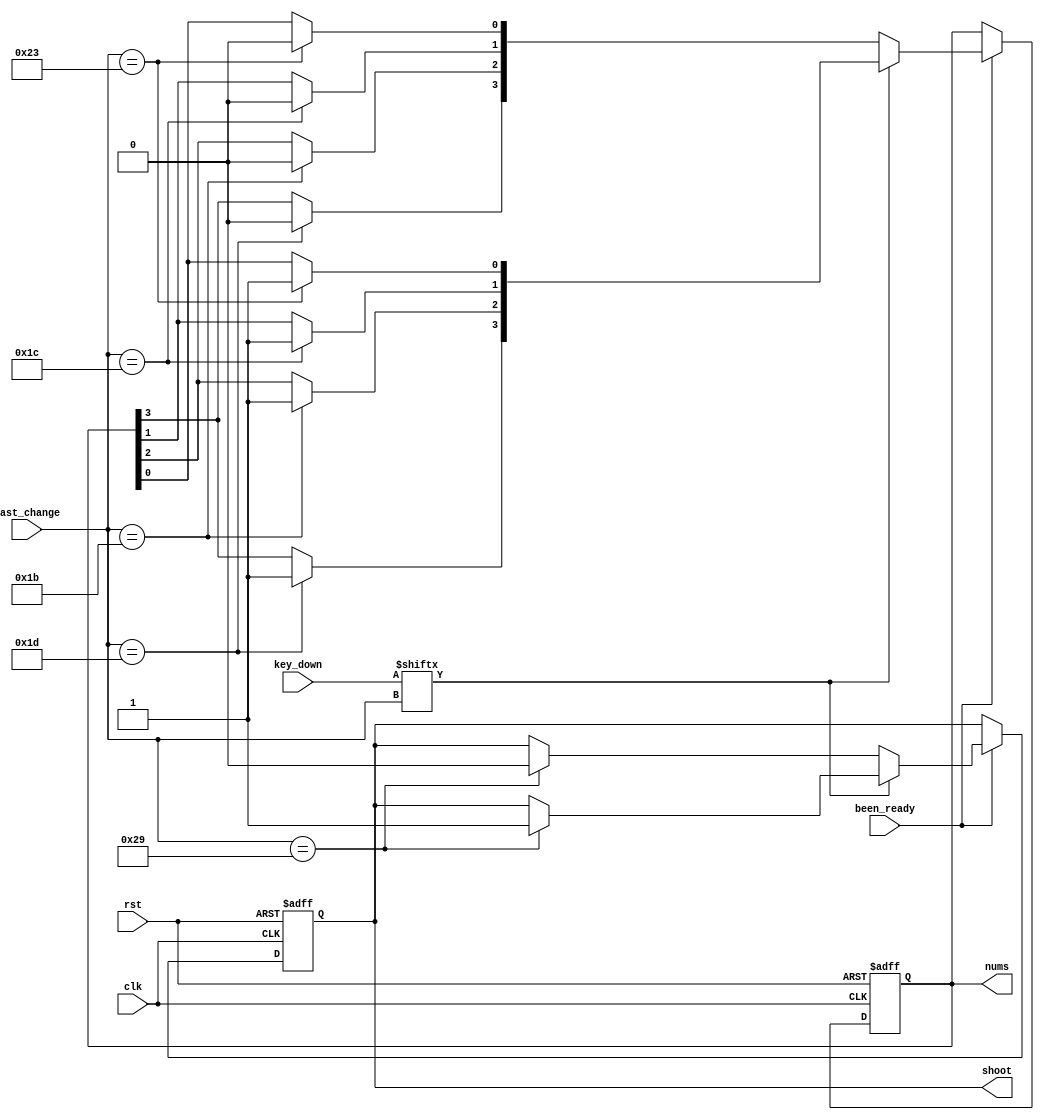
module decoder_sig(
	input wire rst,
	input wire clk,
	input wire been_ready,
	input wire [8:0] last_change,
	input wire [511:0] key_down,
	output reg[3:0] nums,
	output reg shoot
	);
	
	parameter [8:0] LEFT_SHIFT_CODES  = 9'b0_0001_0010;
	parameter [8:0] RIGHT_SHIFT_CODES = 9'b0_0101_1001;
	parameter [8:0] KEY_CODES_UP = 9'b0_0001_1101;    // W => 1D
	parameter [8:0] KEY_CODES_DOWN = 9'b0_0001_1011;  // S => 1B
    parameter [8:0] KEY_CODES_LEFT = 9'b0_0001_1100;  // A => 1C
    parameter [8:0] KEY_CODES_RIGHT = 9'b0_0010_0011; // D => 23
	parameter [8:0] KEY_CODES_SPACE = 9'b0_0010_1001; // space => 29
	
	reg [3:0] nt_nums;
	reg nt_shoot;
		
	always @ (posedge clk, posedge rst)
	begin
		if (rst)
		begin
			nums <= 4'b0000;
			shoot <= 1'b0;
		end
		else
		begin
			nums <= nt_nums;
			shoot <= nt_shoot;
		end
	end
	
	always@(*)begin
		if (been_ready)begin
			if(key_down[last_change])begin
				case(last_change)
					KEY_CODES_UP:begin 
						nt_nums[3] = 1'b1;
						nt_nums[2] = nums[2];
						nt_nums[1] = nums[1];
						nt_nums[0] = nums[0];
						nt_shoot = shoot;
					end
					KEY_CODES_DOWN:begin 
						nt_nums[3] = nums[3];
						nt_nums[2] = 1'b1;
						nt_nums[1] = nums[1];
						nt_nums[0] = nums[0];
						nt_shoot = shoot;
					end
					KEY_CODES_LEFT:begin 
						nt_nums[3] = nums[3];
						nt_nums[2] = nums[2];
						nt_nums[1] = 1'b1;
						nt_nums[0] = nums[0];
						nt_shoot = shoot;
					end
					KEY_CODES_RIGHT:begin 
						nt_nums[3] = nums[3];
						nt_nums[2] = nums[2];
						nt_nums[1] = nums[1];
						nt_nums[0] = 1'b1;
						nt_shoot = shoot;
					end
					KEY_CODES_SPACE:begin
						nt_nums = nums;
						nt_shoot = 1'b1;
					end
					default:begin
						nt_nums = nums;
						nt_shoot = shoot;
					end
				endcase
			end
			else begin
				case(last_change)
					KEY_CODES_UP:begin 
						nt_nums[3] = 1'b0;
						nt_nums[2] = nums[2];
						nt_nums[1] = nums[1];
						nt_nums[0] = nums[0];
						nt_shoot = shoot;
					end
					KEY_CODES_DOWN:begin 
						nt_nums[3] = nums[3];
						nt_nums[2] = 1'b0;
						nt_nums[1] = nums[1];
						nt_nums[0] = nums[0];
						nt_shoot = shoot;
					end
					KEY_CODES_LEFT:begin 
						nt_nums[3] = nums[3];
						nt_nums[2] = nums[2];
						nt_nums[1] = 1'b0;
						nt_nums[0] = nums[0];
						nt_shoot = shoot;
					end
					KEY_CODES_RIGHT:begin 
						nt_nums[3] = nums[3];
						nt_nums[2] = nums[2];
						nt_nums[1] = nums[1];
						nt_nums[0] = 1'b0;
						nt_shoot = shoot;
					end
					KEY_CODES_SPACE:begin
						nt_nums = nums;
						nt_shoot = 1'b0;
					end
					default:begin
						nt_nums = nums;
						nt_shoot = shoot;
					end
				endcase
			end
		end
		else begin
			nt_nums = nums;
			nt_shoot = shoot;
		end
	end
	
endmodule